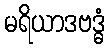
မရိယာဒဗဒ္ဓံ